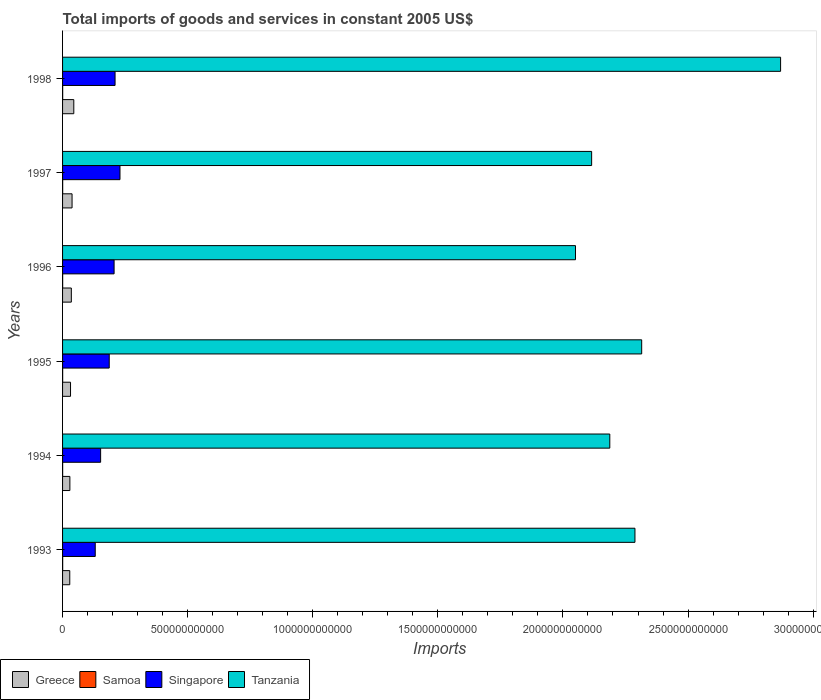
| Years | Greece | Samoa | Singapore | Tanzania |
 | --- | --- | --- | --- | --- |
 | 1993 | 2.88e+10 | 4.41e+08 | 1.31e+11 | 2.29e+12 |
 | 1994 | 2.92e+10 | 2.93e+08 | 1.52e+11 | 2.19e+12 |
 | 1995 | 3.19e+10 | 3.54e+08 | 1.87e+11 | 2.31e+12 |
 | 1996 | 3.5e+10 | 3.75e+08 | 2.06e+11 | 2.05e+12 |
 | 1997 | 3.8e+10 | 3.98e+08 | 2.3e+11 | 2.11e+12 |
 | 1998 | 4.49e+10 | 4.44e+08 | 2.1e+11 | 2.87e+12 |